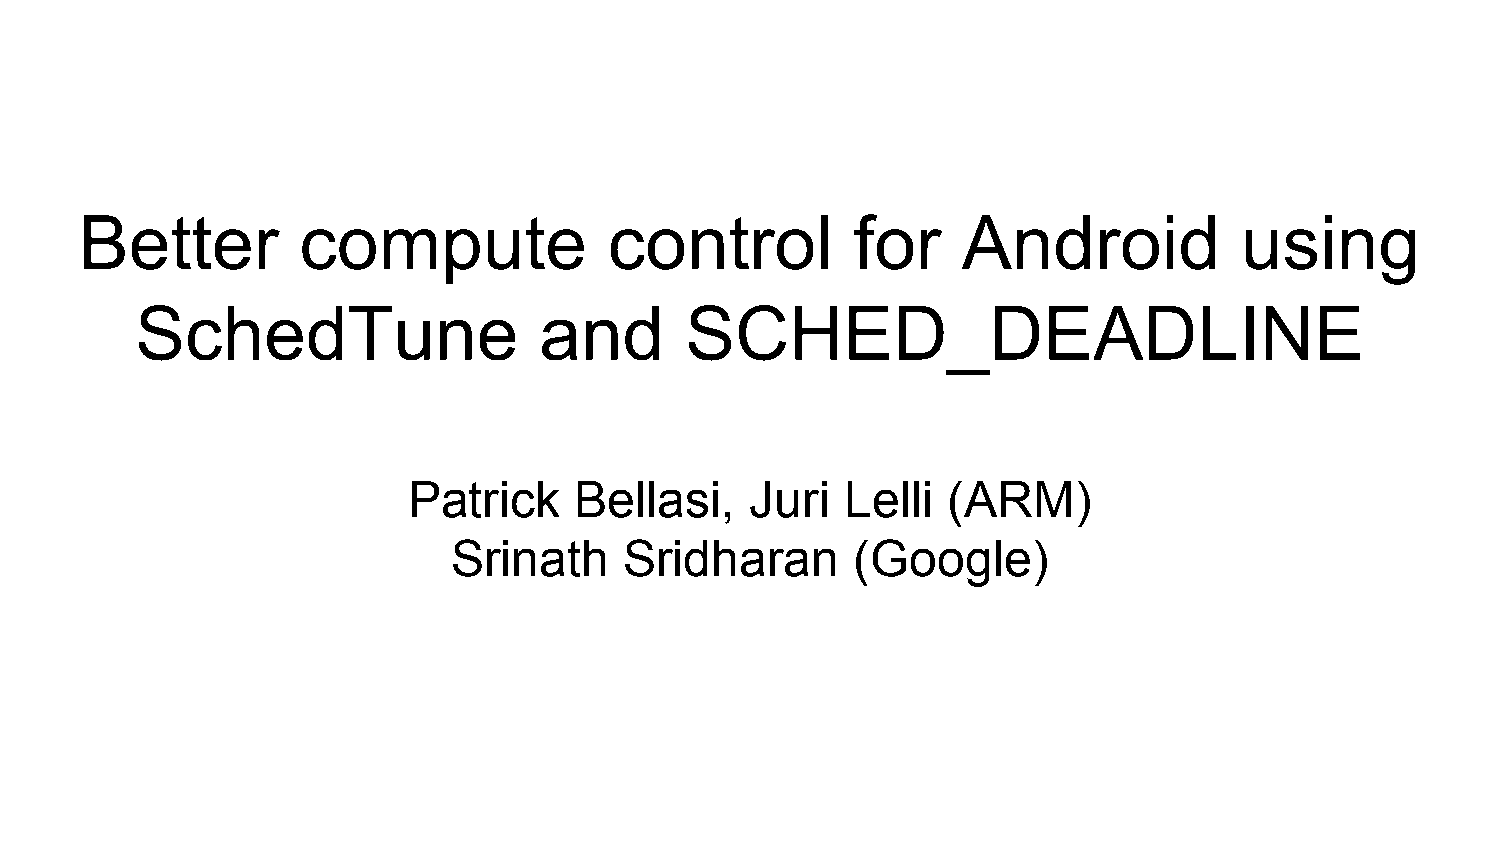
Better         compute             control          for    Android           using
 SchedTune                  and      SCHED_DEADLINE
 Patrick    Bellasi,    Juri  Lelli  (ARM)
 Srinath    Sridharan       (Google)